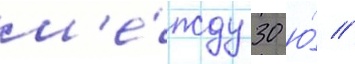
м'е́жду 30 ю́ //